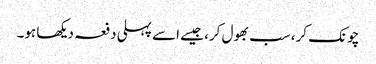
چونک کر، سب بھول کر، جیسے اسے پہلی دفعہ دیکھا ہو۔